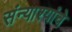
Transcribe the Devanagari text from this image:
संन्याश्यांचे